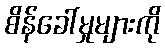
စိန်ခေါ်မှုများကို